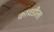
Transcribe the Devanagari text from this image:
कावडीला